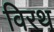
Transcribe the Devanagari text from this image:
विरथ